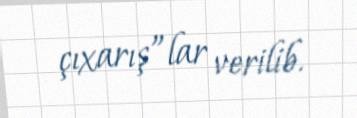
çıxarış”lar verilib.